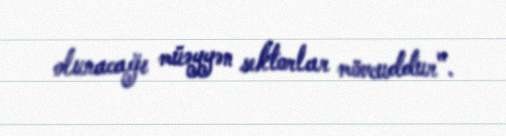
olunacağı müəyyən sektorlar mövcuddur".